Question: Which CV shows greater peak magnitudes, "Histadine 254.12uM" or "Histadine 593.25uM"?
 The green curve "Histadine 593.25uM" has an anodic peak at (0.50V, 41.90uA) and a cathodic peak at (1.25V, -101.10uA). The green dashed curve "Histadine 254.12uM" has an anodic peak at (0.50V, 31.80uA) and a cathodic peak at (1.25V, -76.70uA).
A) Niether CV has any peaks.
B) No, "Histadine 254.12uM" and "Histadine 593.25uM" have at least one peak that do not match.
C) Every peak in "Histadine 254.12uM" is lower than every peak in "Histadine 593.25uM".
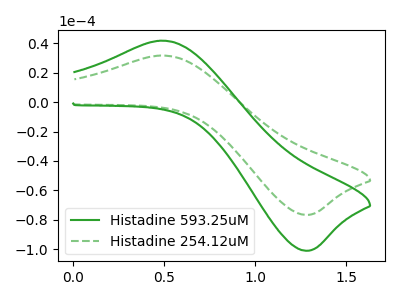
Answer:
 <answer>C) Every peak in "Histadine 254.12uM" is lower than every peak in "Histadine 593.25uM".</answer>
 <eval>C</eval>